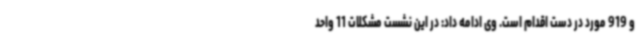
و 919 مورد در دست اقدام است. وی ادامه داد: در این نشست مشکلات 11 واحد